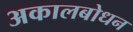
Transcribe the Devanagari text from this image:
अकालबोधन